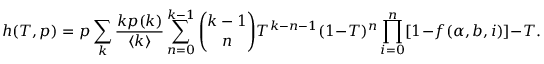
h ( T , p ) = p \sum _ { k } \frac { k p ( k ) } { \langle k \rangle } \sum _ { n = 0 } ^ { k - 1 } \binom { k - 1 } { n } T ^ { k - n - 1 } ( 1 - T ) ^ { n } \prod _ { i = 0 } ^ { n } [ 1 - f ( \alpha , b , i ) ] - T .